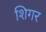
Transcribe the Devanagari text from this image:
शिगर